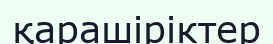
қарашіріктер